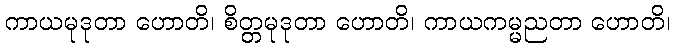
ကာယမုဒုတာ ဟောတိ၊ စိတ္တမုဒုတာ ဟောတိ၊ ကာယကမ္မညတာ ဟောတိ၊